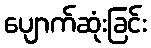
ပျောက်ဆုံးခြင်း